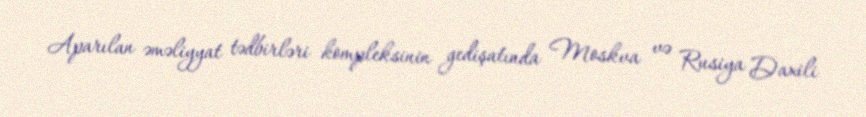
Aparılan əməliyyat tədbirləri kompleksinin gedişatında Moskva və Rusiya Daxili